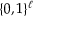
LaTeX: \{ 0 , 1 \} ^ { \ell }